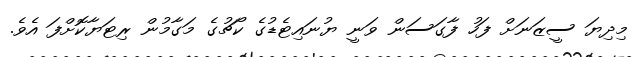
މިދިޔަ ސީޒަނަށް ފަހު ފާގަސަން ވަނީ ޔުނައިޓެޑުގެ ކޯޗުގެ މަގާމުން ރިޓަޔާކޮށްފަ އެވެ.